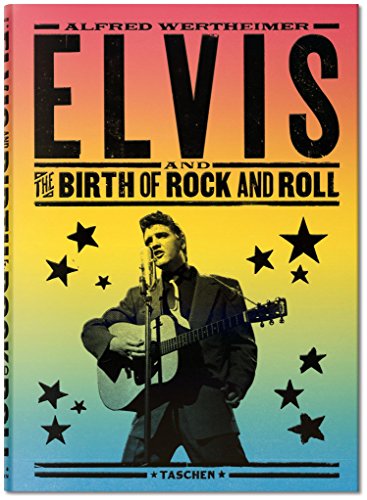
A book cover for Alfred Wertheimer: Elvis and the Birth of Rock and Roll; Arts & Photography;